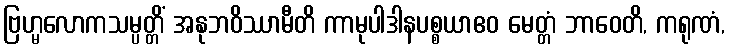
ဗြဟ္မလောကသမ္ပတ္တိံ အနုဘဝိဿာမီတိ ကာမုပါဒါနပစ္စယာဧဝ မေတ္တံ ဘာဝေတိ, ကရုဏံ,